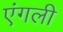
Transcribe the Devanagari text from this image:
एंगली